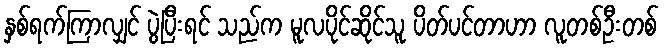
နှစ်ရက်ကြာလျှင် ပွဲပြီးရင် သည်က မူလပိုင်ဆိုင်သူ ပိတ်ပင်တာဟာ လူတစ်ဦးတစ်